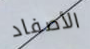
الأصفاد